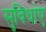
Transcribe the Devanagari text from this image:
सुविधांए